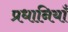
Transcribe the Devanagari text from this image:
प्रधानियाँ